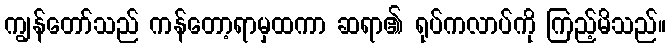
ကျွန်တော်သည် ကန်တော့ရာမှထကာ ဆရာ၏ ရုပ်ကလာပ်ကို ကြည့်မိသည်။